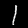
Digit: 1